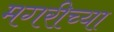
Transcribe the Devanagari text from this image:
मगरीच्या